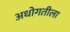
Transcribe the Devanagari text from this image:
अधोगतीला